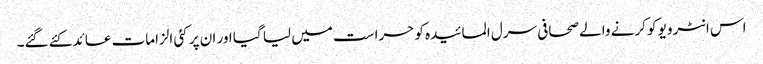
اس انٹرویو کو کرنے والے صحافی سرل المائیدہ کو حراست میں لیا گیا اور ان پر کئی الزامات عائد کئے گئے۔